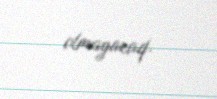
olmayacaq.